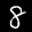
Label: 8